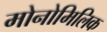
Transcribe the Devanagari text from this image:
मोनोमिलिक